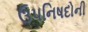
ઉપનિષદોની